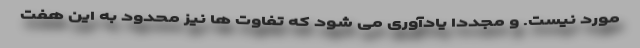
مورد نیست. و مجددا یادآوری می شود که تفاوت ها نیز محدود به این هفت